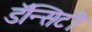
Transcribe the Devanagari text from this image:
डॅन्सिटी